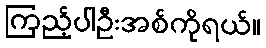
ကြည့်ပါဦးအစ်ကိုရယ်။